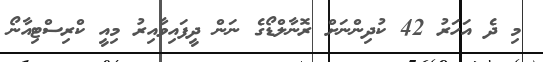
މި ދެ އަހަރު 42 ކުދިންނަށް ރޮނާލްޑޯގެ ނަން ދީފައިވާއިރު މިއީ ކްރިސްޓިއާނޯ